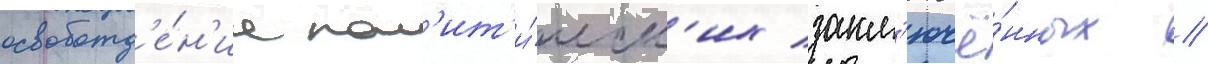
освобожд'е́н'иа пол'ит'и́ческ'их закл'ючё́нных //